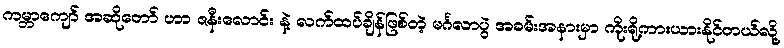
ကမ္ဘာကျော် အဆိုတော် ဟာ ဇနီးလောင်း နဲ့ လက်ထပ်ချိန်ဖြစ်တဲ့ မင်္ဂလာပွဲ အခမ်းအနားမှာ ကိုးရို့ကားယားနိုင်တယ်လို့